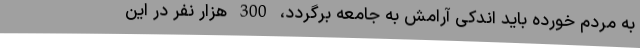
به مردم خورده باید اندکی آرامش به جامعه برگردد، 300 هزار نفر در این